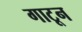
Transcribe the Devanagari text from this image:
गाटून